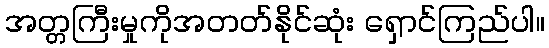
အတ္တကြီးမှုကိုအတတ်နိုင်ဆုံး ရှောင်ကြည်ပါ။